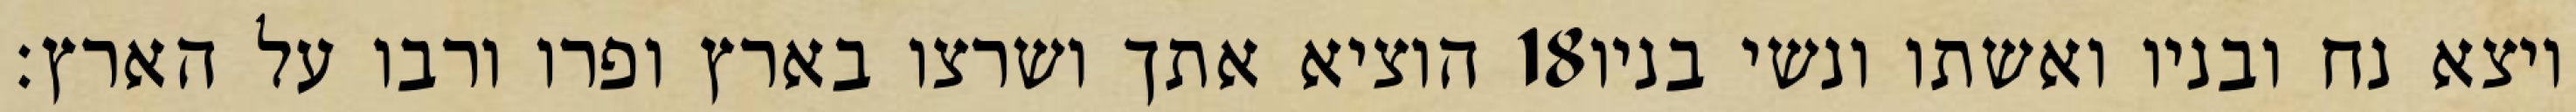
הוציא אתך ושרצו בארץ ופרו ורבו על הארץ׃ ‎18‏ ויצא נח ובניו ואשתו ונשי בניו